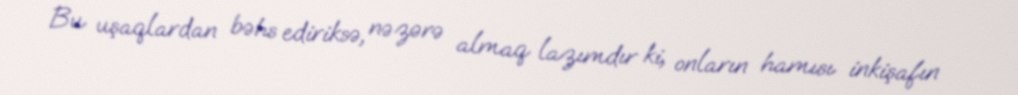
Bu uşaqlardan bəhs ediriksə, nəzərə almaq lazımdır ki, onların hamısı inkişafın